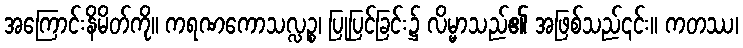
အကြောင်းနိမိတ်ကို။ ကရဏကောသလ္လဉ္စ၊ ပြုပြင်ခြင်း၌ လိမ္မာသည်၏ အဖြစ်သည်၎င်း။ ကတဿ၊